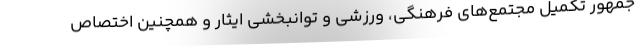
جمهور تکمیل مجتمع‌های فرهنگی، ورزشی و توانبخشی ایثار و همچنین اختصاص